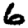
Digit: 6